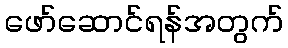
ဖော်ဆောင်ရန်အတွက်